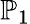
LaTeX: \mathbb{P}_{1}